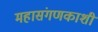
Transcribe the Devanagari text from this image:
महासंगणकाशी